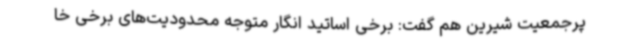
پرجمعیت شیرین هم گفت: برخی اساتید انگار متوجه محدودیت‌های برخی خا